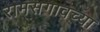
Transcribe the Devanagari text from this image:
रामसगावच्या